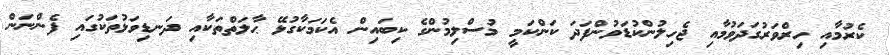
ކެރުމާއި ހިރްވަރުގަދަވުމާއި ޖެހިލުންކުޑަވުންފަދަ ކަންކަމީ މުސްލިމުންގެ ކިބައިން އެކަމަކާގުޅޭ ޙާލަތްތަކާއި ދަނޑިވަޅުތަކުގައި ފެންނަން